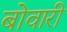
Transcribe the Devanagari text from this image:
बोवारी